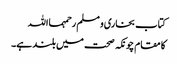
کتاب بخاری و مسلم رحمہمااللہ
کا مقام چونکہ صحت میں بلند ہے۔